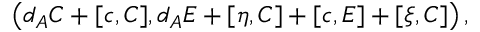
\left( d _ { A } C + [ c , C ] , d _ { A } E + [ \eta , C ] + [ c , E ] + [ \xi , C ] \right) ,